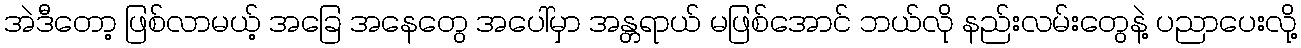
အဲဒီတော့ ဖြစ်လာမယ့် အခြေ အနေတွေ အပေါ်မှာ အန္တရာယ် မဖြစ်အောင် ဘယ်လို နည်းလမ်းတွေနဲ့ ပညာပေးလို့